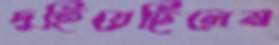
দুহিয়েছিলেম